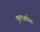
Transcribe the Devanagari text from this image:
कुलआवेश